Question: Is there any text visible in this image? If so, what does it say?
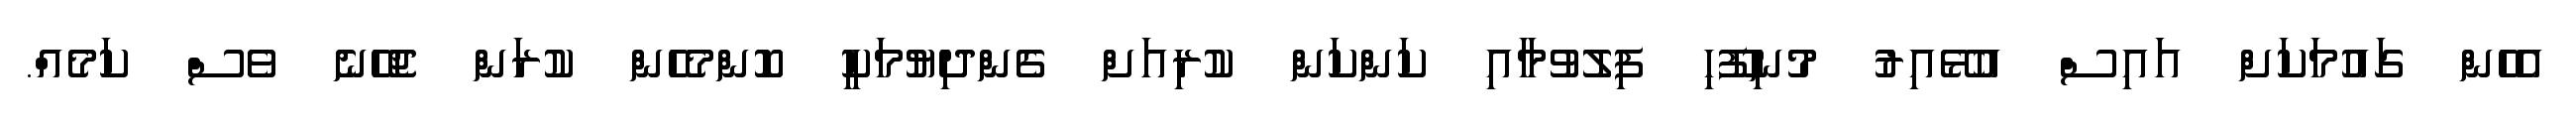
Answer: އެހެން ގައުމަކަށް އައިސް އުޅޭއިރު މުނިފޫހި ފިލުވުމާއި ކަންކަން ކުރިއަށް ގެންދިޔުމަކީ ކޮންމެހެން ކުރަން ޖެހޭނެ ވެސް ކަމެއް.